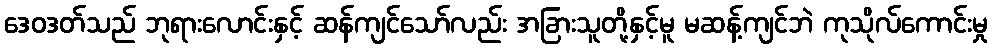
ဒေဝဒတ်သည် ဘုရားလောင်းနှင့် ဆန်ကျင်သော်လည်း အခြားသူတို့နှင့်မူ မဆန့်ကျင်ဘဲ ကုသိုလ်ကောင်းမှု